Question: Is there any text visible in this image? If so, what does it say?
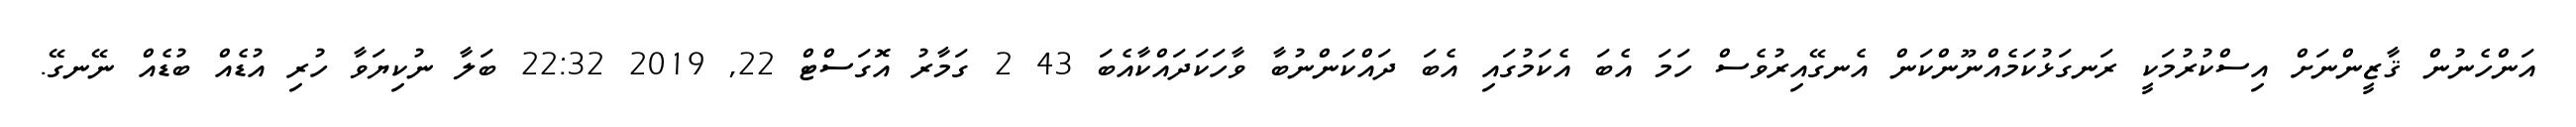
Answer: އަންހެނުން ޤާޒީންނަށް އިސްކުރުމަކީ ރަނގަޅުކަމެއްނޫންކަން އެނގޭއިރުވެސް ހަމަ އެބަ އެކަމުގައި އެބަ ދައްކަންނުބާ ވާހަކަދައްކާއެބަ 43 2 ގަމާރު އޮގަސްޓް 22, 2019 22:32 ބަލާ ނުކިޔަވާ ހުރި އުޑެއް ބުޑެއް ނޭނގޭ.